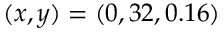
( x , y ) = ( 0 , 3 2 , 0 . 1 6 )